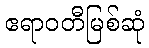
ဧရာဝတီမြစ်ဆုံ